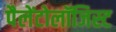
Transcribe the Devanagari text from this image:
पैलेंटोलॉजिस्ट